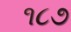
૧૮૭